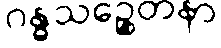
ဂန္ဓသဉ္စေတနာ